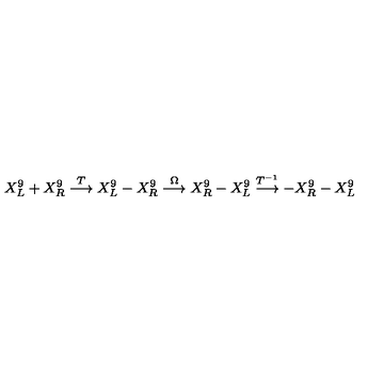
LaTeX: X _ { L } ^ { 9 } + X _ { R } ^ { 9 } \stackrel { T } { \longrightarrow } X _ { L } ^ { 9 } - X _ { R } ^ { 9 } \stackrel { \Omega } { \longrightarrow } X _ { R } ^ { 9 } - X _ { L } ^ { 9 } \stackrel { T ^ { - 1 } } { \longrightarrow } - X _ { R } ^ { 9 } - X _ { L } ^ { 9 }